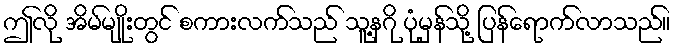
ဤလို အိမ်မျိုးတွင် စကားလက်သည် သူ့နဂို ပုံမှန်သို့ ပြန်ရောက်လာသည်။